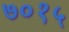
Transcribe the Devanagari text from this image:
७०१५